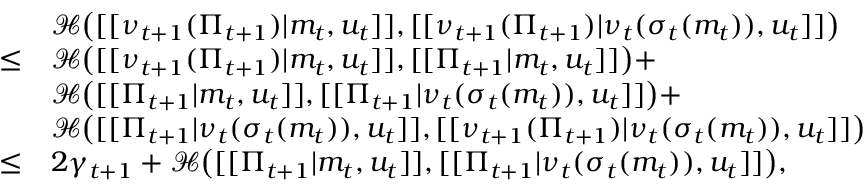
\begin{array} { r l } & { \mathcal { H } \big ( [ [ \nu _ { t + 1 } ( \Pi _ { t + 1 } ) | m _ { t } , u _ { t } ] ] , [ [ \nu _ { t + 1 } ( \Pi _ { t + 1 } ) | \nu _ { t } ( \sigma _ { t } ( m _ { t } ) ) , u _ { t } ] ] \big ) } \\ { \leq } & { \mathcal { H } \big ( [ [ \nu _ { t + 1 } ( \Pi _ { t + 1 } ) | m _ { t } , u _ { t } ] ] , [ [ \Pi _ { t + 1 } | m _ { t } , u _ { t } ] ] \big ) + } \\ & { \mathcal { H } \big ( [ [ \Pi _ { t + 1 } | m _ { t } , u _ { t } ] ] , [ [ \Pi _ { t + 1 } | \nu _ { t } ( \sigma _ { t } ( m _ { t } ) ) , u _ { t } ] ] \big ) + } \\ & { \mathcal { H } \big ( [ [ \Pi _ { t + 1 } | \nu _ { t } ( \sigma _ { t } ( m _ { t } ) ) , u _ { t } ] ] , [ [ \nu _ { t + 1 } ( \Pi _ { t + 1 } ) | \nu _ { t } ( \sigma _ { t } ( m _ { t } ) ) , u _ { t } ] ] \big ) } \\ { \leq } & { 2 \gamma _ { t + 1 } + \mathcal { H } \big ( [ [ \Pi _ { t + 1 } | m _ { t } , u _ { t } ] ] , [ [ \Pi _ { t + 1 } | \nu _ { t } ( \sigma _ { t } ( m _ { t } ) ) , u _ { t } ] ] \big ) , } \end{array}